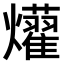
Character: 𤒽